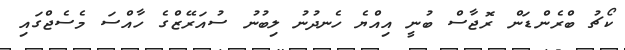
ކޯޗު ބްރެންޑަން ރޮޖާސް ބުނީ އިއްޔެ ހެނދުނު ލިބުނު ސުއަރޭޒްގެ ހާއްސަ މެސެޖްގައި